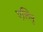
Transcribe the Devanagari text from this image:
एलिनु